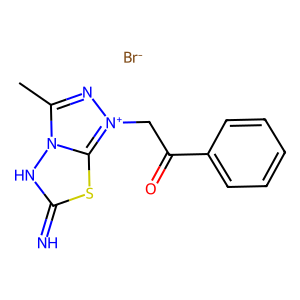
SMILES: Cc1n[n+](CC(=O)c2ccccc2)c2sc(=N)[nH]n12.[Br-]
Inhibits HIV replication: No